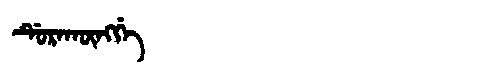
Manchu: ᡩᡠᡵᠠᡴᡡᠩᡤᡝ
Romanization: DURAKŪNGGE